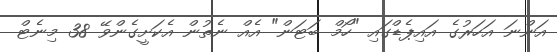
އަންނަ އަހަރުގެ އައިޕެޑްގައި "ހޯމް ބަޓަން" އެއް ނެތުން އެކަށީގެންވޭ 38 މިނެޓް